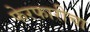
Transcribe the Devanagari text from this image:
फेरफारीचा